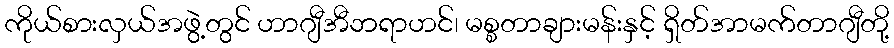
ကိုယ်စားလှယ်အဖွဲ့တွင် ဟာဂျီအီဘရာဟင်၊ မစ္စတာချားမန်းနှင့် ရှိတ်အာမက်တာဂျီတို့